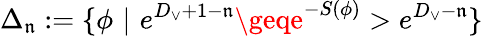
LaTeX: \Delta_{\mathfrak{n}}:=\{ \phi\, \, |\, \, e^{D_{\vee}+1-\mathfrak{n}}\geqe^{-S(\phi)}>e^{D_{\vee}-\mathfrak{n}}\}